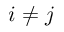
i \neq j